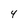
Character: 4